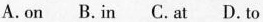
A.on B.In C.At D.To